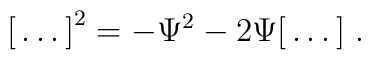
\bigl[\,\ldots\,\bigr]^2=-\Psi^2-2\Psi\bigl[\,\ldots\,\bigr] \ .